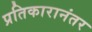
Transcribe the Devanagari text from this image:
प्रतिकारानंतर